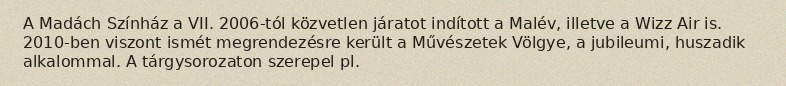
A Madách Színház a VII. 2006-tól közvetlen járatot indított a Malév, illetve a Wizz Air is. 2010-ben viszont ismét megrendezésre került a Művészetek Völgye, a jubileumi, huszadik alkalommal. A tárgysorozaton szerepel pl.